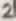
Text: 2